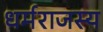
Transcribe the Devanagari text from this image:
धर्मराजस्य